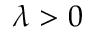
\lambda > 0